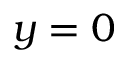
y = 0